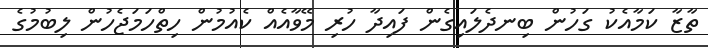
ތާޒާ ކަމާއެކު ގަހުން ބިނދެލައިގެން ފައިދާ ހުރި މޭވާއެއް ކެއުމުން ހިތްހަމަޖެހުން ލިބުމުގެ